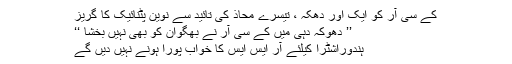
کے سی آر کو ایک اور دھکہ ، تیسرے محاذ کی تائید سے نوین پٹنائیک کا گریز
’’ دھوکہ دہی میں کے سی آر نے بھگوان کو بھی نہیں بخشا ‘‘
ہندوراشٹرا کیلئے آر ایس ایس کا خواب پورا ہونے نہیں دیں گے